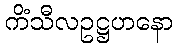
ကိံသီလဥဋ္ဌဟနော